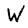
Character: W